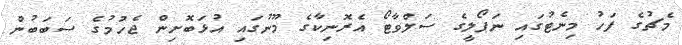
މެޗުގެ ފަހު މިނެޓުގައި ނަޕޯލީގެ ސަލްވާޓޯ އެރޮނިކާގެ މޫނުގައި އުޅަބޮށިން ޖެހުމުގެ ސަބަބުން